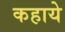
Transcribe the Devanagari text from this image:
कहाये